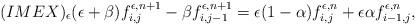
LaTeX: \begin{align*}(IMEX)_{\epsilon} (\epsilon + \beta) f_{i,j}^{\epsilon,n+1} - \beta f_{i,j-1}^{\epsilon,n+1} = \epsilon(1- \alpha) f_{i,j}^{\epsilon,n} + \epsilon \alpha f_{i-1,j}^{\epsilon,n}, \end{align*}